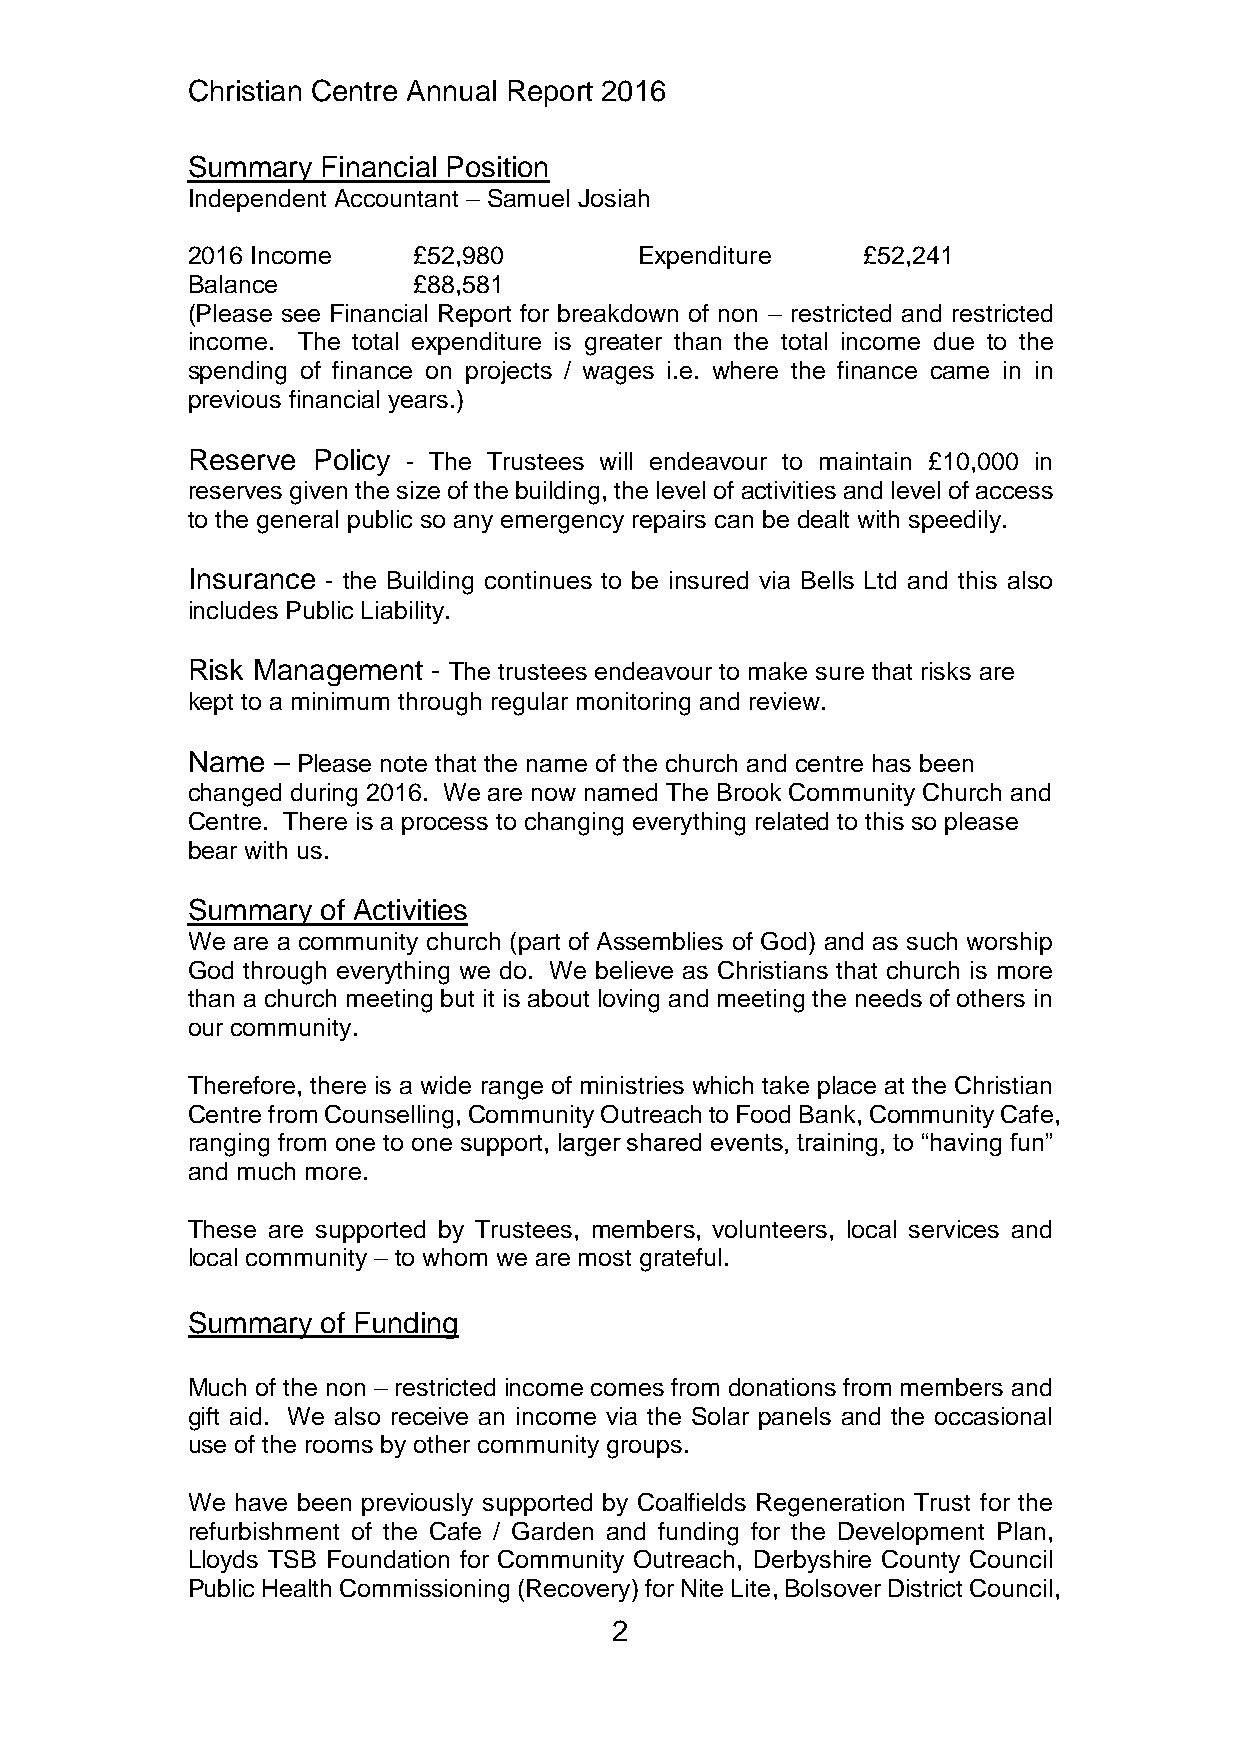
Christian Centre Annual Report 2016
 Summary  Financial Position
 Independent Accountant – Samuel Josiah
 2016 Income    £52,980        Expenditure    £52,241
 Balance        £88,581
 (Please see Financial Report for breakdown of non – restricted and restricted
 income. The total expenditure is greater than the total income due to the
 spending of finance on projects / wages i.e. where the finance came in in
 previous financial years.)
 Reserve  Policy - The Trustees will endeavour to maintain £10,000 in
 reserves given the size of the building, the level of activities and level of access
 to the general public so any emergency repairs can be dealt with speedily.
 Insurance - the Building continues to be insured via Bells Ltd and this also
 includes Public Liability.
 Risk Management  - The trustees endeavour to make sure that risks are
 kept to a minimum through regular monitoring and review.
 Name  – Please note that the name of the church and centre has been
 changed during 2016. We are now named The Brook Community Church and
 Centre. There is a process to changing everything related to this so please
 bear with us.
 Summary  of Activities
 We are a community church (part of Assemblies of God) and as such worship
 God through everything we do. We believe as Christians that church is more
 than a church meeting but it is about loving and meeting the needs of others in
 our community.
 Therefore, there is a wide range of ministries which take place at the Christian
 Centre from Counselling, Community Outreach to Food Bank, Community Cafe,
 ranging from one to one support, larger shared events, training, to “having fun”
 and much more.
 These are supported by Trustees, members, volunteers, local services and
 local community – to whom we are most grateful.
 Summary  of Funding
 Much of the non – restricted income comes from donations from members and
 gift aid. We also receive an income via the Solar panels and the occasional
 use of the rooms by other community groups.
 We have been previously supported by Coalfields Regeneration Trust for the
 refurbishment of the Cafe / Garden and funding for the Development Plan,
 Lloyds TSB Foundation for Community Outreach, Derbyshire County Council
 Public Health Commissioning (Recovery) for Nite Lite, Bolsover District Council,
 2